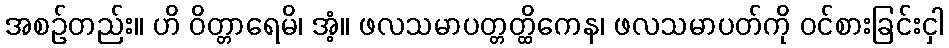
အစဉ်တည်း။ ဟိ ဝိတ္တာရေမိ၊ အံ့။ ဖလသမာပတ္တတ္ထိကေန၊ ဖလသမာပတ်ကို ဝင်စားခြင်းငှါ